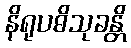
နိရုပဓိသုခန္တိ